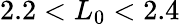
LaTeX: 2.2<L_{0}<2.4